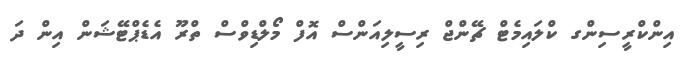
އިންކްރީސިންގ ކްލައިމެޓް ޗޭންޖް ރިސީލިއަންސް އޮފް މޯލްޑިވްސް ތްރޫ އެޑެޕްޓޭޝަން އިން ދަ